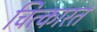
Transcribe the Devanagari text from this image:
चित्कारत